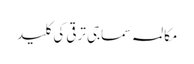
مکالمہ سماجی ترقی کی کلید